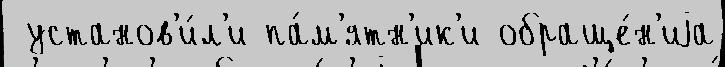
 установ'и́л'и па́м'ятн'ик'и обраще́н'иjа